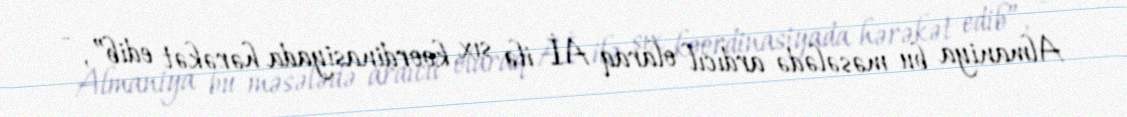
Almaniya bu məsələdə ardıcıl olaraq Aİ ilə sıx koordinasiyada hərəkət edib”, -